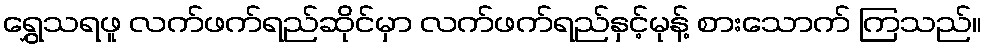
ရွှေသရဖူ လက်ဖက်ရည်ဆိုင်မှာ လက်ဖက်ရည်နှင့်မုန့် စားသောက် ကြသည်။